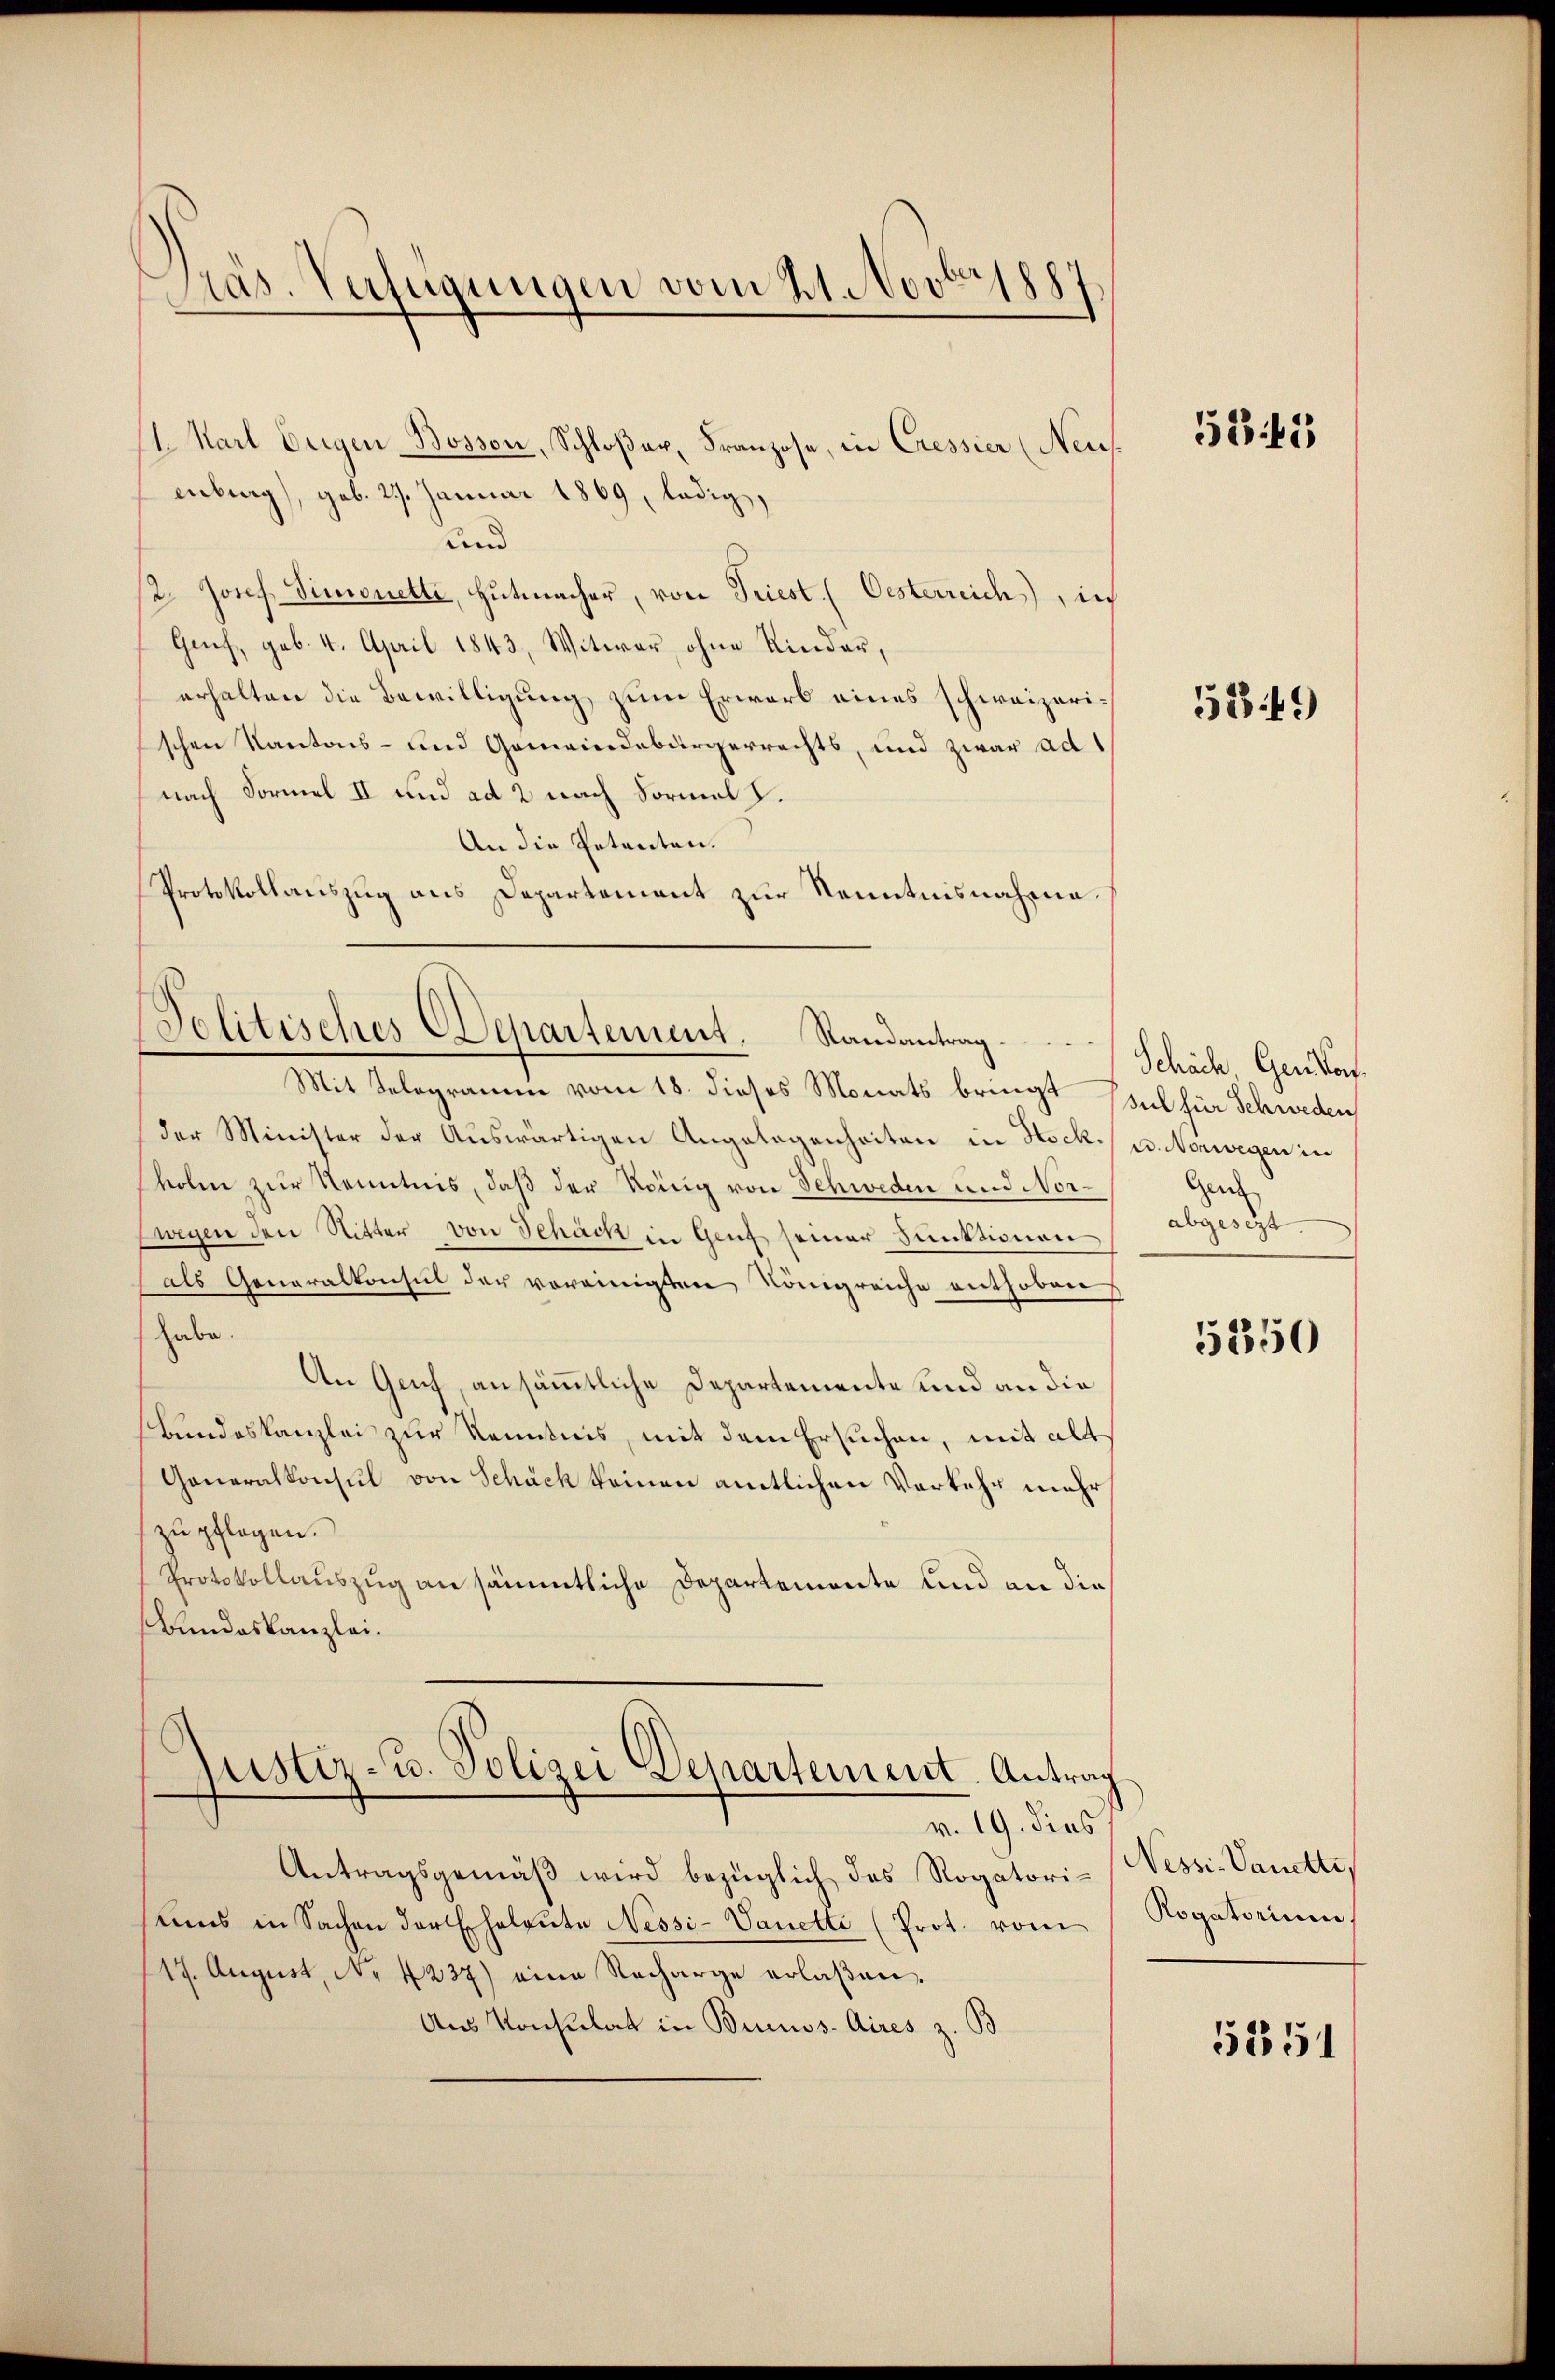
11. Karl beigen Bossen, Schloßer, Franzose, in Cressier (Neu
enburg), geb. 27. Januar 1869, ledig,
und
2. Josef, Simonette, Hutmacher, von Triest. (Oesterreich), in
Genf, geb. 4. April 1843, Witwer, ohne Kinder,
erhalten die Bewilligung zum Erwarb eines schweizerischen Kantons- und Gemeindebürgerrechts, und zwar ad
nach Formel II und ad 2 nach Vormel .
An die Petenten.
Protokollauszug aus Departement zur Kenntnisnahme.

Präs. Verfügungen vom 21. Novbr. 1887

der Minister der Aŭswärtigen Angelegenheiten in Hock.) u. Norwegen in
kolm zur Kenntnis, daß der König von Schweden und Nor¬
Ewegen den Ritter von Schäch in Genf seiner Funktionen
als Generalkonsul der vereinigten Königreiche enthoben
habe.
An Gech, ansämmtliche Departemente und an die
Bundeskanzlei zur Kenntnis, mit dem Ersuchen, mit all
Generalkonsul von Schäck keinen amtlichen Verkehr mehr
zu pflegen.
Protokollauszug an sämmtliche Departemente und an die
Bundeskanzlei.

PPolitisches Departement. Randantrag.
Mit Telegramm vom 18. dieses Monats bringt seil für Schweden

Justiz- u. Polizei Departement. Antrag
v. 19. dies

Antragsgemäß wird bezüglich des Rogatori- (Vessi-Vanette,
ums in Sachen der Eheleute Nessi-Vanetti (Prot. vom
117. August, No. 4237) eine Recharge erlaßen,
Aus Konsulat in Buenos-Aires z. B

5245

5249)

Schäch Gendorf.
Gen
abgesezt

5350

Rogatorium.

5251